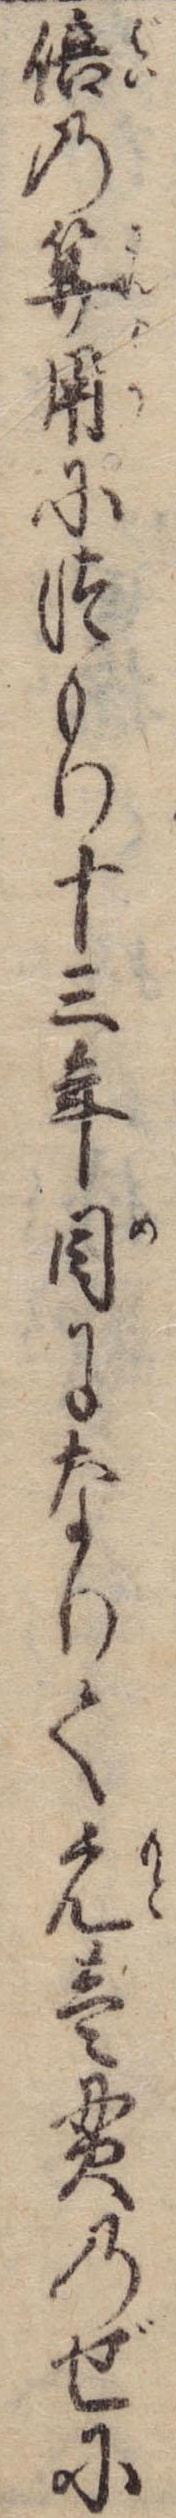
倍の算用につもり十三年目になりて元壱貫のぜに